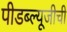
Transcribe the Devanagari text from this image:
पीडब्ल्यूजीची